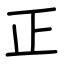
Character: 正